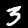
Label: 3